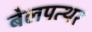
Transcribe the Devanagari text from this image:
बेलपत्थर